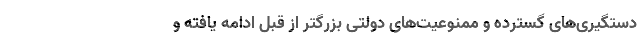
دستگیری‌های گسترده و ممنوعیت‌های دولتی بزرگتر از قبل ادامه یافته و